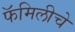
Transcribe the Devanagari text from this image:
फॅमिलीचे